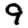
Digit: 9